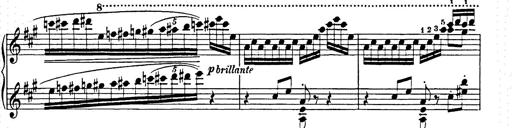
Title: Hungarian Rhapsody No.15
Composer: Franz Liszt
Key: A minor